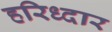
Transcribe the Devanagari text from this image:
हरिध्दार